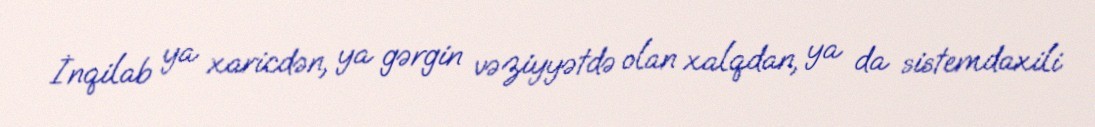
İnqilab ya xaricdən, ya gərgin vəziyyətdə olan xalqdan, ya da sistemdaxili